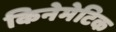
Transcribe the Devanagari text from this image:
किनेमेटिक